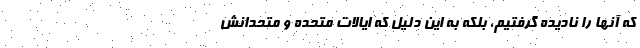
که آنها را نادیده گرفتیم، بلکه به این دلیل که ایالات متحده و متحدانش